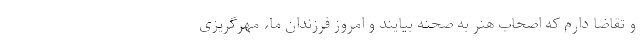
و تقاضا دارم که اصحاب هنر به صحنه بیایند و امروز فرزندان ما، مهرگریزی